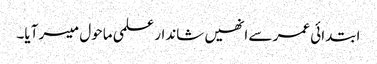
ابتدائی عمر سے انھیں شاندار علمی ماحول میسر آیا۔